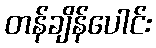
တန်ချိန်ပေါင်း